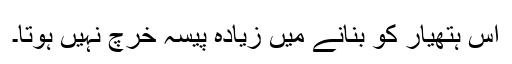
اس ہتھیار کو بنانے میں زیادہ پیسہ خرچ نہیں ہوتا۔